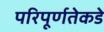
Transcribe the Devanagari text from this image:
परिपूर्णतेकडे